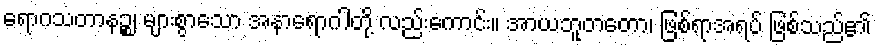
ရောဂသတာနဉ္စ၊ များစွာသော အနာရောဂါတို့ လည်းကောင်း။ အာယဘူတတော၊ ဖြစ်ရာအရပ် ဖြစ်သည်၏